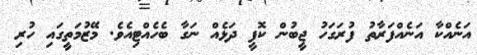
އަނެއްކާ އަނެއްފަރާތު ފުރަގަހު ޖީބުން ކޮފީ ދަޅެއް ނަގާ ބެހެއްޓިއެވެ. މޭޒުމަތީގައި ހުރި